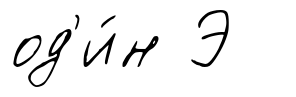
од'и́н Э